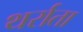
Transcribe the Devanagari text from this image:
थर्राता